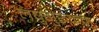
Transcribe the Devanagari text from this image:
लघुगुरूक्रम